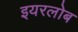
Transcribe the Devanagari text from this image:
इयरलोब